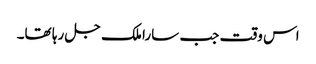
اس وقت جب سارا ملک جل رہا تھا۔